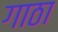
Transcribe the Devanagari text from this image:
गाठा